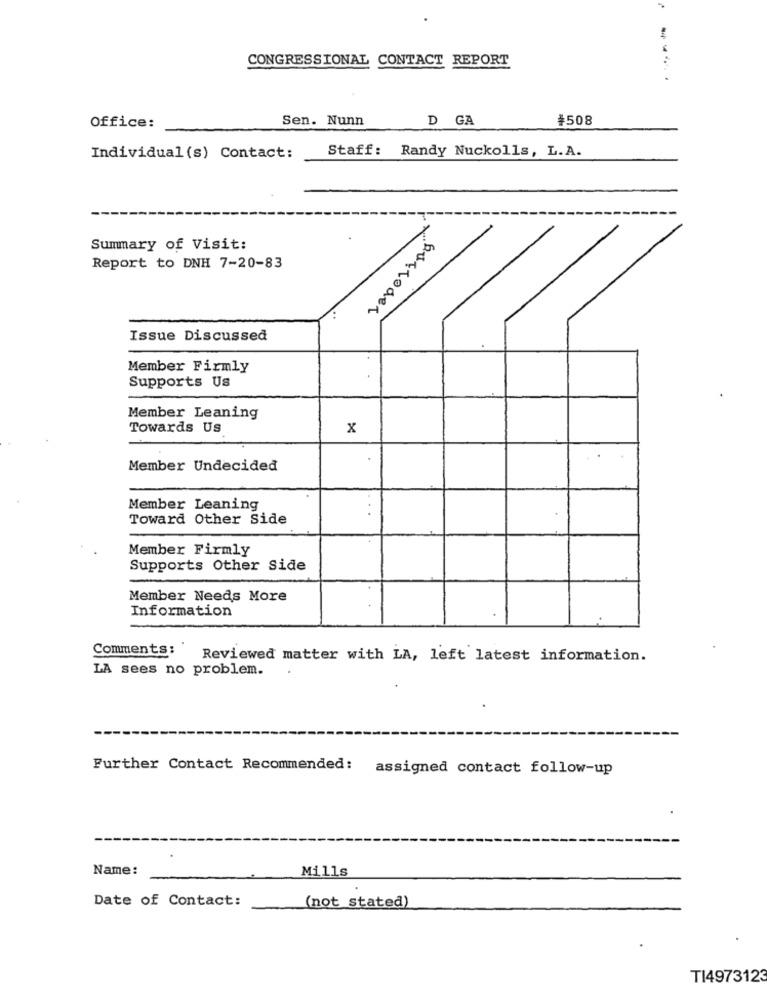
CONGRESSIONAL CONTACT REPORT
Sen. Nunn
D GA
¥508
Office:
Staff: Randy Nuckolls, L.A.
Individual (s) Contact:
Summary of Visit:
Report to DNH 7-20-83
avecoder
Issue Discussed
Member Firmly
Supports Us
Member Leaning
Towards Us
x
Member Undecided
Member Leaning
Toward Other Side
Member Firmly
Supports Other Side
Member Needs More
Information
Comments:
Reviewed matter with LA, left latest information.
LA sees no problem.
Further Contact Recommended:
assigned contact follow-up
Name:
Mills
Date of Contact:
(not stated)
TI4973123